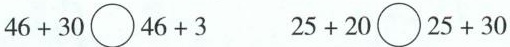
46+30\bigcirc46+3 25+20\bigcirc25+30